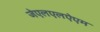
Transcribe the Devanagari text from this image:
जेएलएलऐएम